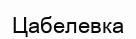
Цабелевка